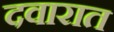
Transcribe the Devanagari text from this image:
दवारात